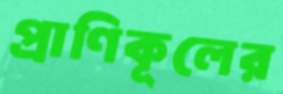
প্রাণিকূলের